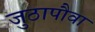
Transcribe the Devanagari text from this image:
जुठापौवा